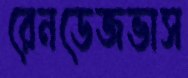
রেনডেজভাস